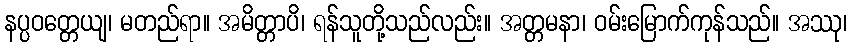
နပ္ပဝတ္တေယျ၊ မတည်ရာ။ အမိတ္တာပိ၊ ရန်သူတို့သည်လည်း။ အတ္တမနာ၊ ဝမ်းမြောက်ကုန်သည်။ အဿု၊